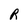
Character: R